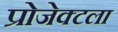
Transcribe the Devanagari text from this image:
प्रोजेक्टला